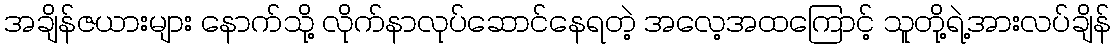
အချိန်ဇယားများ နောက်သို့ လိုက်နာလုပ်ဆောင်နေရတဲ့ အလေ့အထကြောင့် သူတို့ရဲ့အားလပ်ချိန်